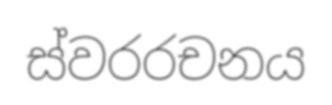
ස්වරරචනය